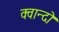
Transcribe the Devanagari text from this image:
क्वान्दो